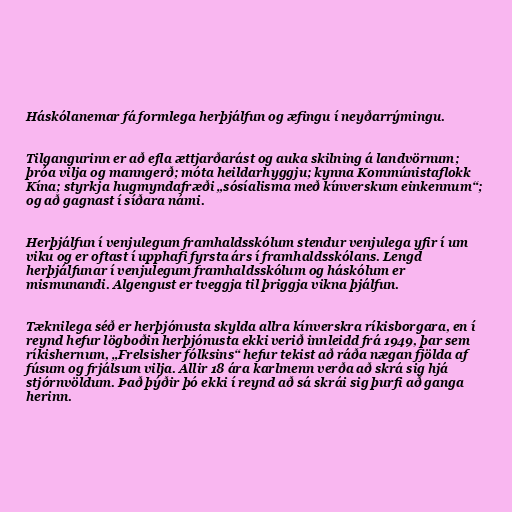
Háskólanemar fá formlega herþjálfun og æfingu í neyðarrýmingu.

Tilgangurinn er að efla ættjarðarást og auka skilning á landvörnum;
þróa vilja og manngerð; móta heildarhyggju; kynna Kommúnistaflokk
Kína; styrkja hugmyndafræði „sósíalisma með kínverskum einkennum“;
og að gagnast í síðara námi.

Herþjálfun í venjulegum framhaldsskólum stendur venjulega yfir í um
viku og er oftast í upphafi fyrsta árs í framhaldsskólans. Lengd
herþjálfunar í venjulegum framhaldsskólum og háskólum er
mismunandi. Algengust er tveggja til þriggja vikna þjálfun.

Tæknilega séð er herþjónusta skylda allra kínverskra ríkisborgara, en í
reynd hefur lögboðin herþjónusta ekki verið innleidd frá 1949, þar sem
ríkishernum, „Frelsisher fólksins“ hefur tekist að ráða nægan fjölda af
fúsum og frjálsum vilja. Allir 18 ára karlmenn verða að skrá sig hjá
stjórnvöldum. Það þýðir þó ekki í reynd að sá skrái sig þurfi að ganga
herinn.